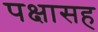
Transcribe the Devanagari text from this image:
पक्षासह